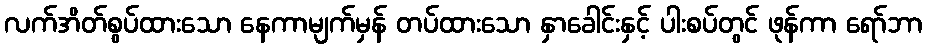
လက်အိတ်စွပ်ထားသော နေကာမျက်မှန် တပ်ထားသော နှာခေါင်းနှင့် ပါးစပ်တွင် ဖုန်ကာ ရော်ဘာ